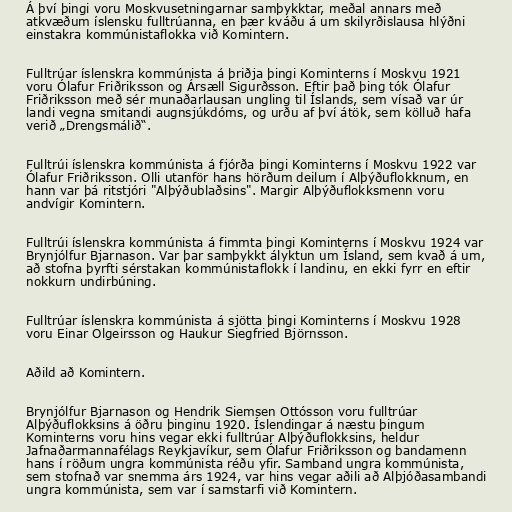
Á því þingi voru Moskvusetningarnar samþykktar, meðal annars með
atkvæðum íslensku fulltrúanna, en þær kváðu á um skilyrðislausa hlýðni
einstakra kommúnistaflokka við Komintern.

Fulltrúar íslenskra kommúnista á þriðja þingi Kominterns í Moskvu 1921
voru Ólafur Friðriksson og Ársæll Sigurðsson. Eftir það þing tók Ólafur
Friðriksson með sér munaðarlausan ungling til Íslands, sem vísað var úr
landi vegna smitandi augnsjúkdóms, og urðu af því átök, sem kölluð hafa
verið „Drengsmálið“.

Fulltrúi íslenskra kommúnista á fjórða þingi Kominterns í Moskvu 1922 var
Ólafur Friðriksson. Olli utanför hans hörðum deilum í Alþýðuflokknum, en
hann var þá ritstjóri "Alþýðublaðsins". Margir Alþýðuflokksmenn voru
andvígir Komintern.

Fulltrúi íslenskra kommúnista á fimmta þingi Kominterns í Moskvu 1924 var
Brynjólfur Bjarnason. Var þar samþykkt ályktun um Ísland, sem kvað á um,
að stofna þyrfti sérstakan kommúnistaflokk í landinu, en ekki fyrr en eftir
nokkurn undirbúning.

Fulltrúar íslenskra kommúnista á sjötta þingi Kominterns í Moskvu 1928
voru Einar Olgeirsson og Haukur Siegfried Björnsson.

Aðild að Komintern.

Brynjólfur Bjarnason og Hendrik Siemsen Ottósson voru fulltrúar
Alþýðuflokksins á öðru þinginu 1920. Íslendingar á næstu þingum
Kominterns voru hins vegar ekki fulltrúar Alþýðuflokksins, heldur
Jafnaðarmannafélags Reykjavíkur, sem Ólafur Friðriksson og bandamenn
hans í röðum ungra kommúnista réðu yfir. Samband ungra kommúnista,
sem stofnað var snemma árs 1924, var hins vegar aðili að Alþjóðasambandi
ungra kommúnista, sem var í samstarfi við Komintern.